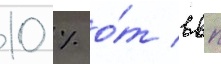
10 % о́т ввп